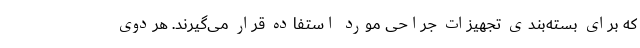
که برای بسته‌بندی تجهیزات جراحی مورد استفاده قرار می‌گیرند. هردوی